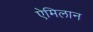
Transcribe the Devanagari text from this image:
ऐमिलान